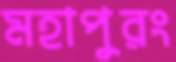
মহাপুরং